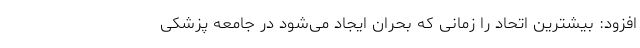
افزود: بیشترین اتحاد را زمانی که بحران ایجاد می‌شود در جامعه پزشکی